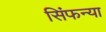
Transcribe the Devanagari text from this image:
सिंफन्या